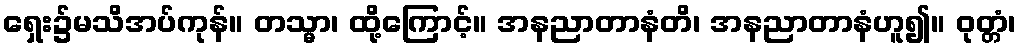
ရှေး၌မသိအပ်ကုန်။ တသ္မာ၊ ထို့ကြောင့်။ အနညာတာနံတိ၊ အနညာတာနံဟူ၍။ ဝုတ္တံ၊